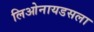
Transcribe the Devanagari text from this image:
लिओनायडसला